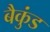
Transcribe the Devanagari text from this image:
बैकुंड